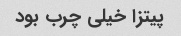
پیتزا خیلی چرب بود